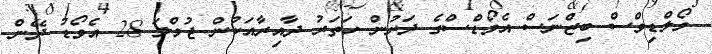
މޯލްޑިވްސް ބިޒްނަސް އެވޯޑްސްގެ ދަށުން ހަތަރު ދާއިރާއަކުން ޖުމްލަ 28 އެވޯޑު ދޭން